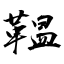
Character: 鞰